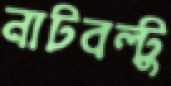
নাটবল্টু